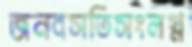
জনবসতিসংলগ্ন